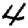
Digit: 4